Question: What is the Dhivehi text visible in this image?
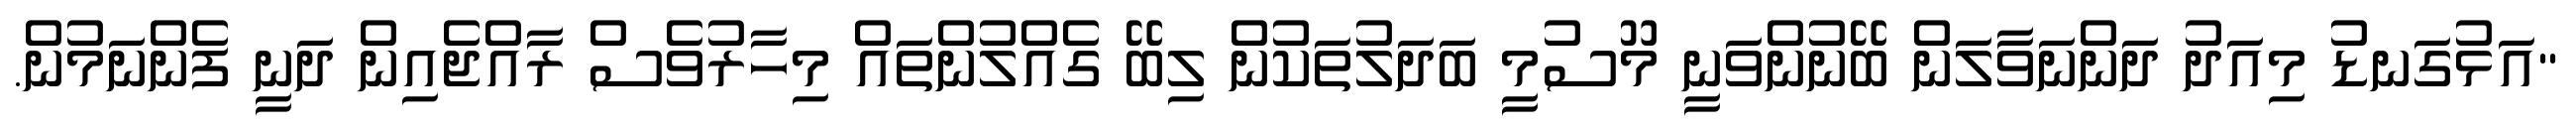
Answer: "އަޅުގަނޑު މިއަދު ދަންނަވާލަން ބޭނުންވަނީ މޫސުމީ ބަދަލުތަކުން ލިބޭ ގެއްލުންތައް މިހާރުވެސް ރާއްޖެއިން ދަނީ ފެންނަމުން.